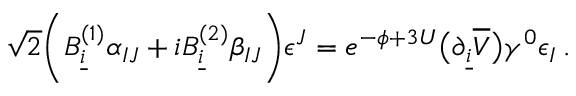
\sqrt 2 \biggl ( B _ { \underline { { i } } } ^ { ( 1 ) } \alpha _ { I J } + i B _ { \underline { { i } } } ^ { ( 2 ) } \beta _ { I J } \biggr ) \epsilon ^ { J } = e ^ { - \phi + 3 U } \bigl ( \partial _ { \underline { { i } } } \overline { { V } } \bigr ) \gamma ^ { 0 } \epsilon _ { I } \, .